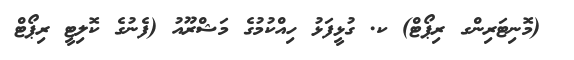
_ (މޮނިޓަރިންގ ރިޕޯޓް) ކ. ގުޅީފަޅު ހިއްކުމުގެ މަޝްރޫއު (ފެނުގެ ކޮލިޓީ ރިޕޯޓް